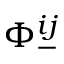
\Phi _ { - } ^ { i j }